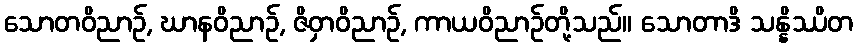
သောတဝိညာဉ်, ဃာနဝိညာဉ်, ဇိဝှာဝိညာဉ်, ကာယဝိညာဉ်တို့သည်။ သောတာဒိ သန္နိဿိတ